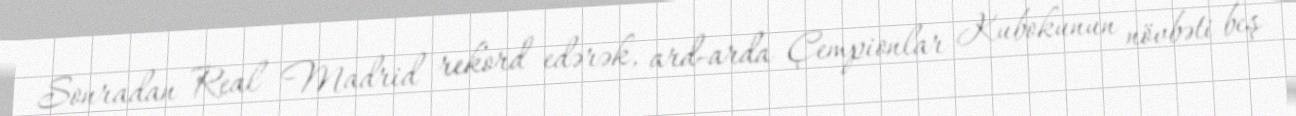
Sonradan Real Madrid rekord edərək, ard-arda Çempionlar Kubokunun növbəti beş